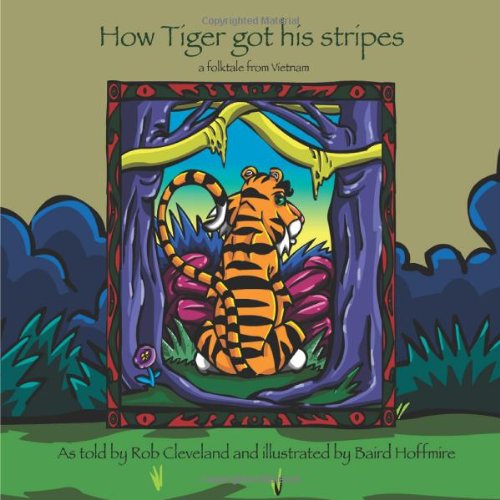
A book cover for How Tiger Got His Stripes: A Folktale from Vietnam (Story Cove); Rob Cleveland; Children's Books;